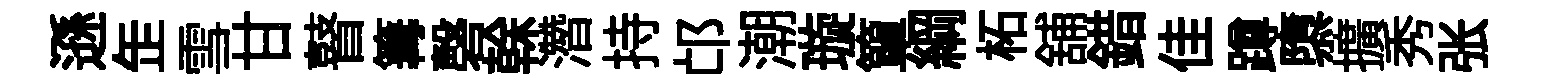
遜𦈢雪甘瞽篝磬𠏉濳持邙潮璇簞綱柘舖錯佳蹲隳擴秀张